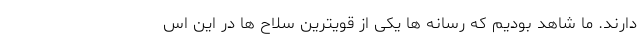
دارند. ما شاهد بودیم که رسانه ها یکی از قویترین سلاح ها در این اس